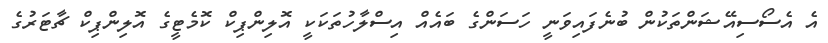
އެ އެސޯސިއޭޝަންތަކުން ބުނެފައިވަނީ ހަސަންގެ ބައެއް އިސްލާހުތަކަކީ އޮލިންޕިކް ކޮމެޓީގެ އޮލިންޕިކް ޗާޓަރުގެ